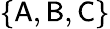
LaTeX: \left\lbrace\textsf{A},\textsf{B},\textsf{C}\right\rbrace